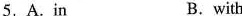
5.A.In B.with